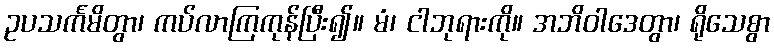
ဥပသင်္ကမိတွာ၊ ကပ်လာကြကုန်ပြီး၍။ မံ၊ ငါဘုရားကို။ အဘိဝါဒေတွာ၊ ရိုသေစွာ